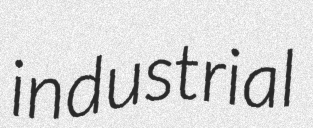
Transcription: industrial